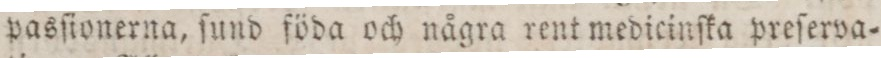
pasſionerna, ſund föda och några rent medicinſka preſerva=